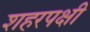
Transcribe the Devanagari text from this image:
शहरपक्षी